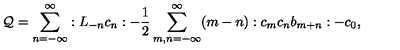
{ \cal Q } = \sum _ { n = - \infty } ^ { \infty } : L _ { - n } c _ { n } : - \frac { 1 } { 2 } \sum _ { m , n = - \infty } ^ { \infty } ( m - n ) : c _ { m } c _ { n } b _ { m + n } : - c _ { 0 } ,